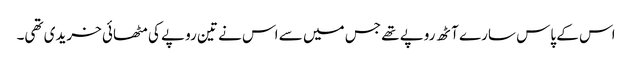
اس کے پاس سارے آٹھ روپے تھے جس میں سے اس نے تین روپے کی مٹھائی خریدی تھی۔